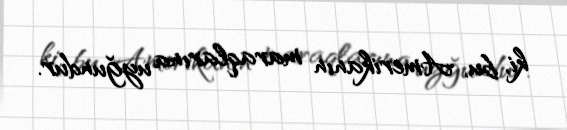
ki, bu, Amerikanın maraqlarına uyğundur.